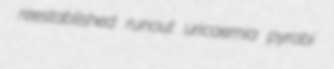
reestablished runout uricaemia pyrobi